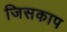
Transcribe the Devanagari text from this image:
जिसकाप